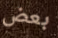
بعض